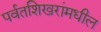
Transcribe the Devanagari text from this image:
पर्वतशिखरांमधील